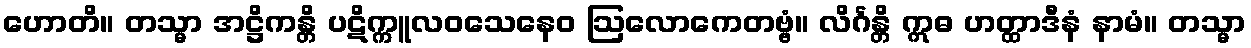
ဟောတိ။ တသ္မာ အဋ္ဌိကန္တိ ပဋိက္ကူလဝသေနေဝ ဩလောကေတဗ္ဗံ။ လိင်္ဂန္တိ ဣဓ ဟတ္ထာဒီနံ နာမံ။ တသ္မာ